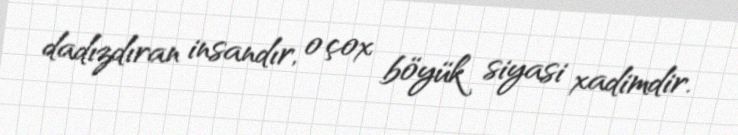
dadızdıran insandır, o çox böyük siyasi xadimdir.